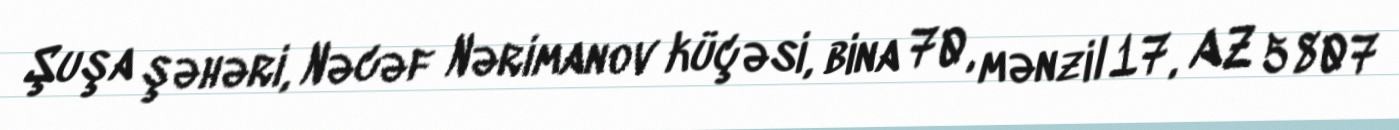
Şuşa şəhəri, Nəcəf Nərimanov küçəsi, bina 70, mənzil 17, AZ 5807